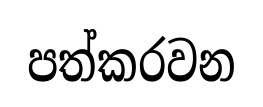
පත්කරවන